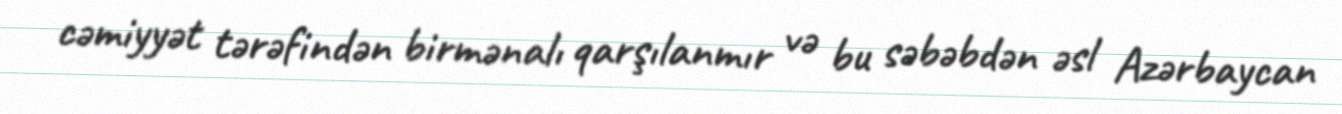
cəmiyyət tərəfindən birmənalı qarşılanmır və bu səbəbdən əsl Azərbaycan